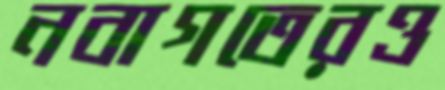
নবাগতেরও